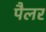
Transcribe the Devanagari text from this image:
पैलर